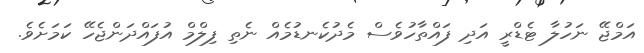
އަމްޖޭ ނަހުލާ ޓެޑްރީ އަދި ފައްތާހުވެސް މެދުކެނޑުމެއް ނެތި ފިލްމް އުފައްދަންޖެހޭ ކަމަށެވެ.